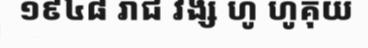
១៩៤៨ រាជ វង្ស ហូ ហូគុយ